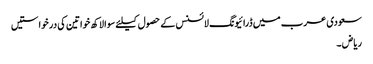
سعودی عرب میں ڈرائیونگ لائسنس کے حصول کیلئے سوا لاکھ خواتین کی درخواستیں
ریاض ۔